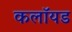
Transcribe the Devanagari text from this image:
कलॉयड